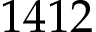
1 4 1 2